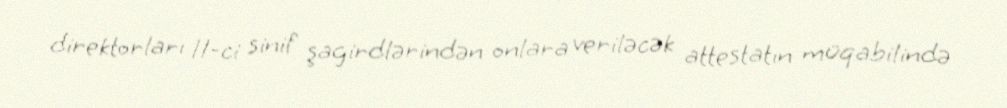
direktorları 11-ci sinif şagirdlərindən onlara veriləcək attestatın müqabilində